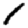
Digit: 1